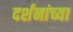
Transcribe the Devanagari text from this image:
दर्शनांच्या